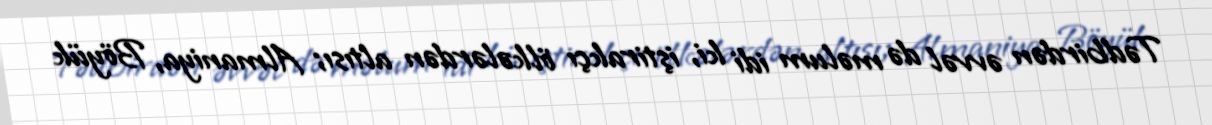
Tədbirdən əvvəl də məlum idi ki, iştirakçı ölkələrdən altısı; Almaniya, Böyük